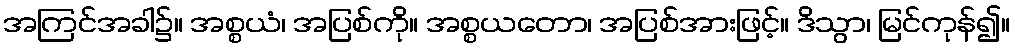
အကြင်အခါ၌။ အစ္စယံ၊ အပြစ်ကို။ အစ္စယတော၊ အပြစ်အားဖြင့်။ ဒိသွာ၊ မြင်ကုန်၍။